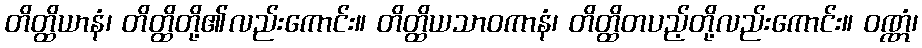
တိတ္ထိယာနံ၊ တိတ္ထိတို့၏လည်းကောင်း။ တိတ္ထိယသာဝကာနံ၊ တိတ္ထိတပည့်တို့လည်းကောင်း။ ဝဏ္ဏံ၊